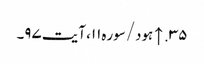
۳۵. ↑ ہود/سوره۱۱، آیت ۹۷۔